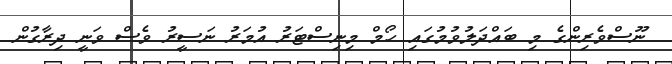
ނޫސްވެރިންގެ މި ބައްދަލުވުމުގައި ހޯމް މިނިސްޓަރު އުމަރު ނަސީރު ވެސް ވަނީ ދިރާގުން